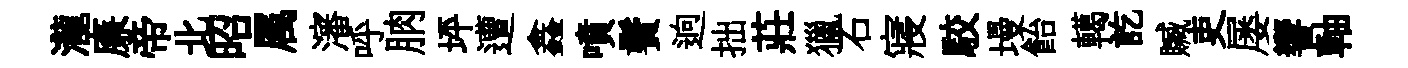
瀧廉帝北昭属瀋呼朒坪遭鑫噴鬢逈拙莊獵石寢駮墁飴轕訖贓吏屡響軸